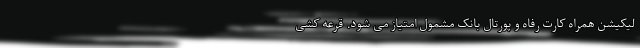
لیکیشن همراه کارت رفاه و پورتال بانک مشمول امتیاز می شود. قرعه کشی